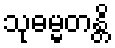
သုဓမ္မတန္တိ